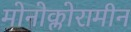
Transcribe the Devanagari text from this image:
मोनोक्लोरामीन